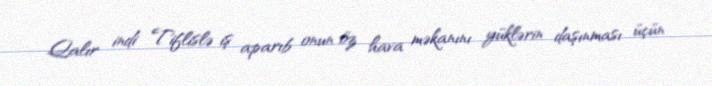
Qalır indi Tiflislə iş aparıb onun öz hava məkanını yüklərin daşınması üçün